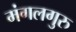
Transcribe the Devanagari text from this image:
मंगलगुरु